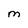
Character: M